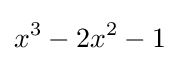
x^{3}-2x^{2}-1